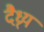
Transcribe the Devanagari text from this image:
दैध्र्य